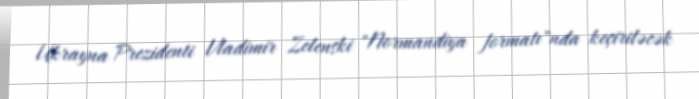
Ukrayna Prezidenti Vladimir Zelenski "Normandiya formatı"nda keçiriləcək